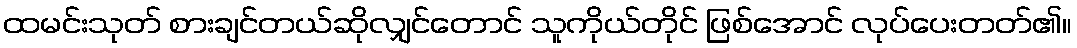
ထမင်းသုတ် စားချင်တယ်ဆိုလျှင်တောင် သူကိုယ်တိုင် ဖြစ်အောင် လုပ်ပေးတတ်၏။